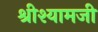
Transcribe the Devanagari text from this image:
श्रीश्यामजी